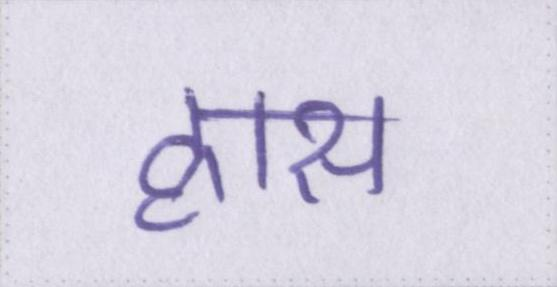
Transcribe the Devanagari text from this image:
ह्रास